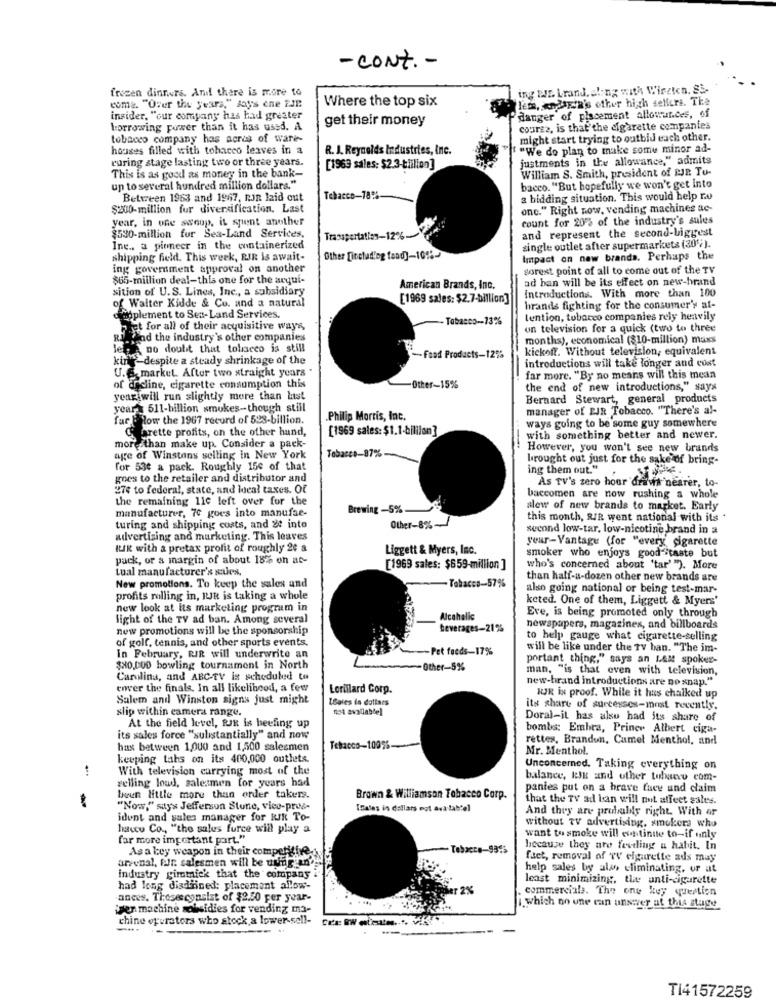
- CONT. -
frozen dinners, And there is more to
ing BIE Lrand, along with Wirzten. Si-
come. ""Over the years," day's one EJE.
Where the top six
lem, andspa's other high sellers. The
insider, "our company has had greater
get their money
danger of placement allowances, of
borrowing power than it has used. A
courez, is that the cigarette companies
tobacco company has acres of ware-
might start trying to outbid each other.
houses filled with tobacco leaves in a
R. J. Reynolds Industries, Inc.
" "We do plan to make some minor ad-
curing stage lasting two or three years.
justments in the allowance," admits
This is as good as money in the bank-
[1963 sales: $2.3-billion]
William S. Smith, president of PJR To-
up to several hundred million dollars."
bacco. "But hopefully we won't get into
Between 1963 and 1967, ron laid out
Tobacco-78%
a bidding situation. This would help ro
$200-million for diversification. Last
onc." Right now, vending machines ac-
year, in one swoop, it spent another
count for 20% of the industry's sules
and represent the second-biggest
$530-million fur Sea-Land Services,
Trasspertation-12%
Inc ., a pioneer in the containerized
single outlet after supermarkets (305).
shipping field. This week, RJR Is await-
Other Tirclud'og faad]-10%-
Impact on new brands. Perhaps the
ing goverment approval on another
sorest point of all to come out of the TV
$65-million deal-this one for the arqui-
ad han will be its effect on new-brand
sition of U.S. Lines, Inc ., a subsidiary
American Brands, Inc.
[1969 sales: $2.7-billion]
Introductions. With more than 100
of Walter Kidde & Co. and a natural
hrands fighting for the consumer's at-
conplement to Sen-Land Services.
Tabasco-73%
lention, tobacco companies rely heavily
Fhet for all of their acquisitive ways,
un television for a quick (two to three
RI. find the industry's other companies
months), economical ($10-million) maxs
les no doubt that tolseco is still
kickoff. Without television, equivalent
king -despite a steady shrinkage of the
-- Food Products-12%
introductions will take longer and cost
U.S. market. After two straight years
far more. "By no means will this mean
of decline, cigarette consumption this
Other-15%
the end of new introductions," says
year will run slightly more than list
Bernard Stewart, general products
years 511-billion smokes-though still
manager of EJR Tobacco. "There's al-
far & How the 1967 record of 528-billion.
Philip Morris, Inc.
Oprette profits, on the other hand,
[1969 sales: $1.1-billion]
ways going to be some guy somewhere
more than make up. Consider a pack-
with something better and newer.
Tobacco-87%
However, you won't see new brands
age of Winstons selling in New York
brought out just for the sake of bring-
for 53e a pack. Roughly 150 of that
ing them out."
goes to the retailer and distributor and
270 to federal, state, and local taxes. Of
As TV's zero hour draws nearer, to-
the remaining 110 left over for the
baccomen are now rushing a whole
manufacturer, 70 goes into manufae-
Brewing -5%
slew of new brands to market. Early
this month, RIR went national with its .
turing and shipping costs, and se into
Other-8%-
second low-tar, low-nicotine brand in a
advertising and marketing. This leaves
year-Vantage (for "every cigarette
RIK with a pretax profit of roughly 2: a
Liggett & Myers, Inc.
pack, or a margin of about 18% on at-
smoker who enjoys good taste but
Lual manufacturer's gues,
[1969 sales: $659-million ]
who's concerned about 'tar' "). More
-Tobacco-57%
than half-a-dozen other new brands are
New promotions. To keep the sales and
also going national or being test-mar-
profits rolling in, HUR is taking a whole
keted. One of them, Liggett & Myers'
new look at Its marketing program in
light of the TV ad ban. Among several
Alcahalic
Eve, is being promoted only through
new promotions will be the sponsorship
beverages-21%
newspapers, magazines, and billboards
of golf, tennis, and other sports events.
to help gauge what cigarette-selling
-Pet feeds-17%
will be like under the TV han. "The im-
In February, RIR will underwrite an
portant thing," says an LAM spokes-
$80,000 bowling tournament in North
-Other-5%
man, "is that even with television,
Carolina, and ABC-TV is scheduled to
new-brand introductions are no snap."
enver the finals. In all likelihood, a few
Lorillard Corp.
Salem and Winston signs just might
LSales in dollars
RJR is proof. While it has chalked up
slip within camera range.
not available]
its share of successes-most recently.
Doral-it has also had its share of
At the field level, Rk is beefing up
bombs: Embra, Prince Albert ciga-
its sales force "substantially" and now
rettes, Brandon, Cumel Menthol, and
has between 1,000 and 1,500 salesmen
Tobacco-100%-
Mr. Menthol.
keeping tahs on its 400,000 outlets
..
With television carrying most of the
Unconcerned. Taking everything on
selling loud, salesmen for years had
balance, kek and other tubano com-
pantes put on a brave face und claim
teun little more than order takers.
Brown & Williamson Tobacco Corp.
that the TV ad ban will not affect sales.
"Now," says Jefferson Stone, vico-prus-
Teles is dollars not ava tab'el
And they are prubaldy right. With or
ident and sales manager for Rik To-
hace Co ., "the salus furce will play a
without TV advertising, smokers who
far more important part."
want to smoke will continue to-if only
because they are fevding a habit. In
As a key weapon in their competitive
fact, removal of WV elgurette ads may
arsenal, fir: salesmen will be using an
help sales by also eliminating, or at
industry gimmick that the company i
least minimizing, the anti-cigarette
had long distrined: placement allow-
2%
commercials. The one key question
ances. Theses consist of $2.50 per year-
isen machine subsidies for vending ma-
which no une can unswver at this stage
chine operators who stock a lower-sell-
TI41572259